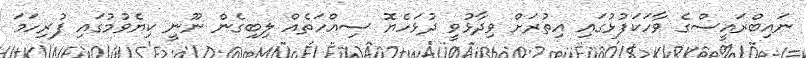
ނައިބްރައީސްގެ ވާހަކަފުޅުގައި އިތުރަށް ވިދާޅުވީ ދުޅަހެޔޮ ސިއްހަތެއް ލިބިގެން ނޫނީ ކިޔެވުމުގައި ފުރިހަމަ